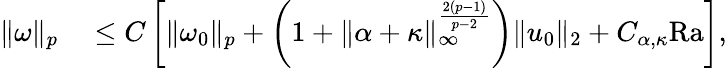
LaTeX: \begin{array}{rl}{\| \omega\| _{p}}&{{}\leq C\left[\| \omega_{0}\| _{p}+\left(1+\| \alpha+\kappa\| _{\infty}^{\frac{2(p-1)}{p-2}}\right)\| u_{0}\| _{2}+C_{\alpha,\kappa}\mathrm{{Ra}}\right],}\end{array}